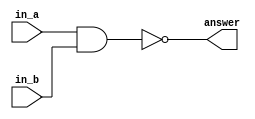
`timescale 1ns/1ns
module two_input_nander
(
    input in_a,
    input in_b, 
    output answer
);
    
    nand(answer, in_a, in_b);

endmodule

module two_input_or
(
    input in_a,
    input in_b,
    output answer
);
    two_input_nander n1(.in_a(in_a), .in_b(in_a), .answer(x));
    two_input_nander n2(.in_a(in_b), .in_b(in_b), .answer(y));
    two_input_nander n3(.in_a(x), .in_b(y), .answer(answer));

endmodule

module two_input_or_tb;
    reg in_a = 1'b0;
    reg in_b = 1'b0;
    wire answer;

    two_input_or O(.in_a(in_a), .in_b(in_b), .answer(answer));

        initial
        begin
            $dumpfile("2inputor.vcd");
            $dumpvars(0, two_input_or_tb);
        end

        initial
        begin
            in_a = 1'b0;
            in_b = 1'b0;
            #20;
        
            in_a = 1'b0;
            in_b = 1'b1;
            #20;
        
            in_a = 1'b1;
            in_b = 1'b0;
            #20;
        
            in_a = 1'b1;
            in_b = 1'b1;
            #20;
        end
    
        initial
        begin
            $display("Two input OR:");
            $monitor("A = %d\tB = %d\tAorB = %d\t", in_a, in_b, answer);
        end
    
endmodule